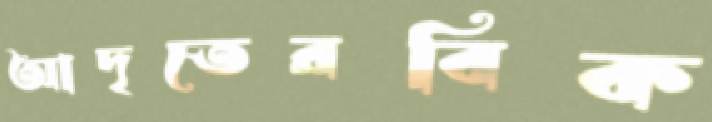
আদৃতেরবিক